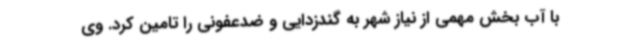
با آب بخش مهمی از نیاز شهر به گندزدایی و ضدعفونی را تامین کرد. وی